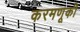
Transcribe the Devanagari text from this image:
करमणूकी